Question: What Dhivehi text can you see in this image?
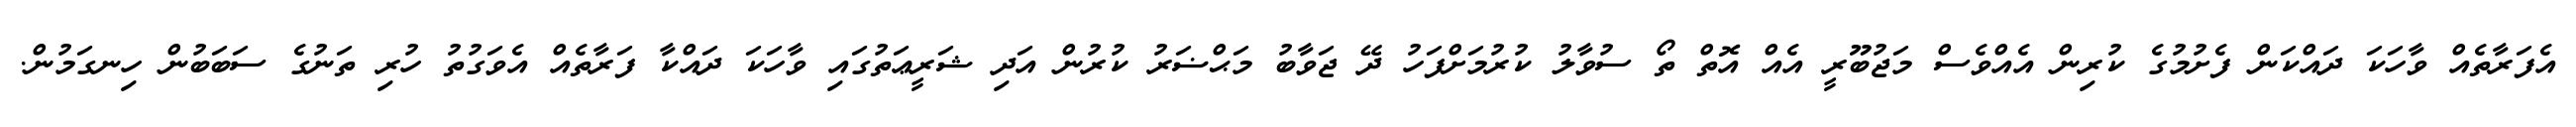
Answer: އެފަރާތެއް ވާހަކަ ދައްކަން ފެށުމުގެ ކުރިން އެއްވެސް މަޖުބޫރީ އެއް އޮތް ތޯ ސުވާލު ކުރުމަށްފަހު ދޭ ޖަވާބު މަޙްޟަރު ކުރުން އަދި ޝަރީޢަތުގައި ވާހަކަ ދައްކާ ފަރާތެއް އެވަގުތު ހުރި ތަނުގެ ސަބަބުން ހިނގަމުން.